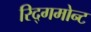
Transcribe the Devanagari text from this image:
रिद्गमोन्ट